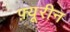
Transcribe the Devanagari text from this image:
फ़्यूरीन